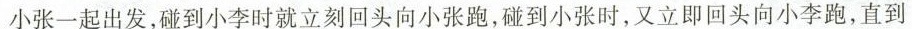
小张一起出发，碰到小李时就立刻回头向小张跑，碰到小张时，又立即回头向小李跑，直到